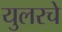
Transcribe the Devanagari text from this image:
युलरचे